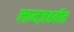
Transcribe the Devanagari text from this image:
लामज़हबीत